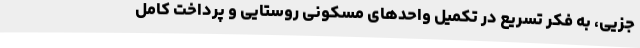
جزیی، به فکر تسریع در تکمیل واحدهای مسکونی روستایی و پرداخت کامل